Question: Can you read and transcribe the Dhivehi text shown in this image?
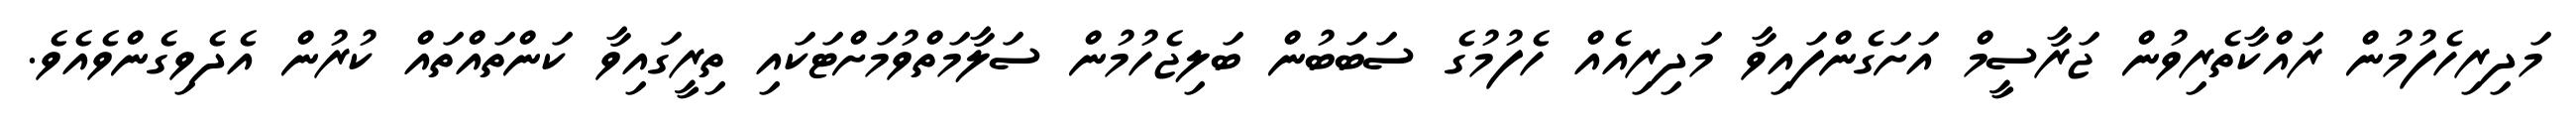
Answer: މަދިރިހެފުމުން ރައްކާތެރިވުން ޖަރާސީމް އަށަގެންފައިވާ މަދިރިއެއް ހެފުމުގެ ސަބަބުން ބަލިޖެހުމުން ސަލާމަތްވުމަށްޓަކައި ތިރީގައިވާ ކަންތައްތައް ކުރުން އެދެވިގެންވެއެވެ.